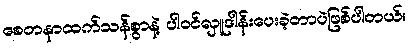
စေတနာထက်သန်စွာနဲ့ ပါဝင်လှူဒါန်းပေးခဲ့တာပဲဖြစ်ပါတယ်။